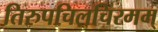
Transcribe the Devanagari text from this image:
तिरुपचिलचिरमम्